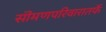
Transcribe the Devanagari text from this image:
सॊमणपरिवारातर्फे